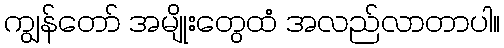
ကျွန်တော် အမျိုးတွေထံ အလည်လာတာပါ။